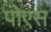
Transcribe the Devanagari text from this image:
पोएस